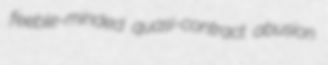
feeble-minded quasi-contract abusion